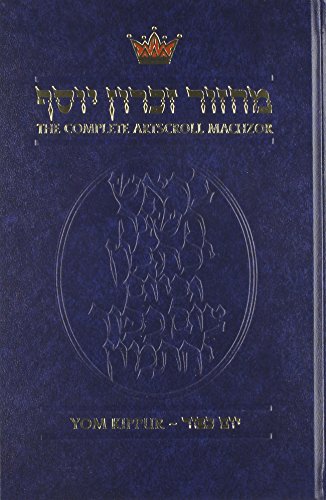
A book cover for The Complete Artscroll Machzor: Yom Kippur (Artscroll Mesorah); Nosson Scherman; Religion & Spirituality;